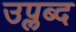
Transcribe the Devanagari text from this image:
उप्लब्द